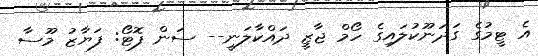
އެ ޓީމުގެ ގަދަނޫކުލައިގެ ހޯމް ޖާޒީ ދައްކާލަނީ-- ސަން ފޮޓޯ: ފަޔާޒު މޫސާ